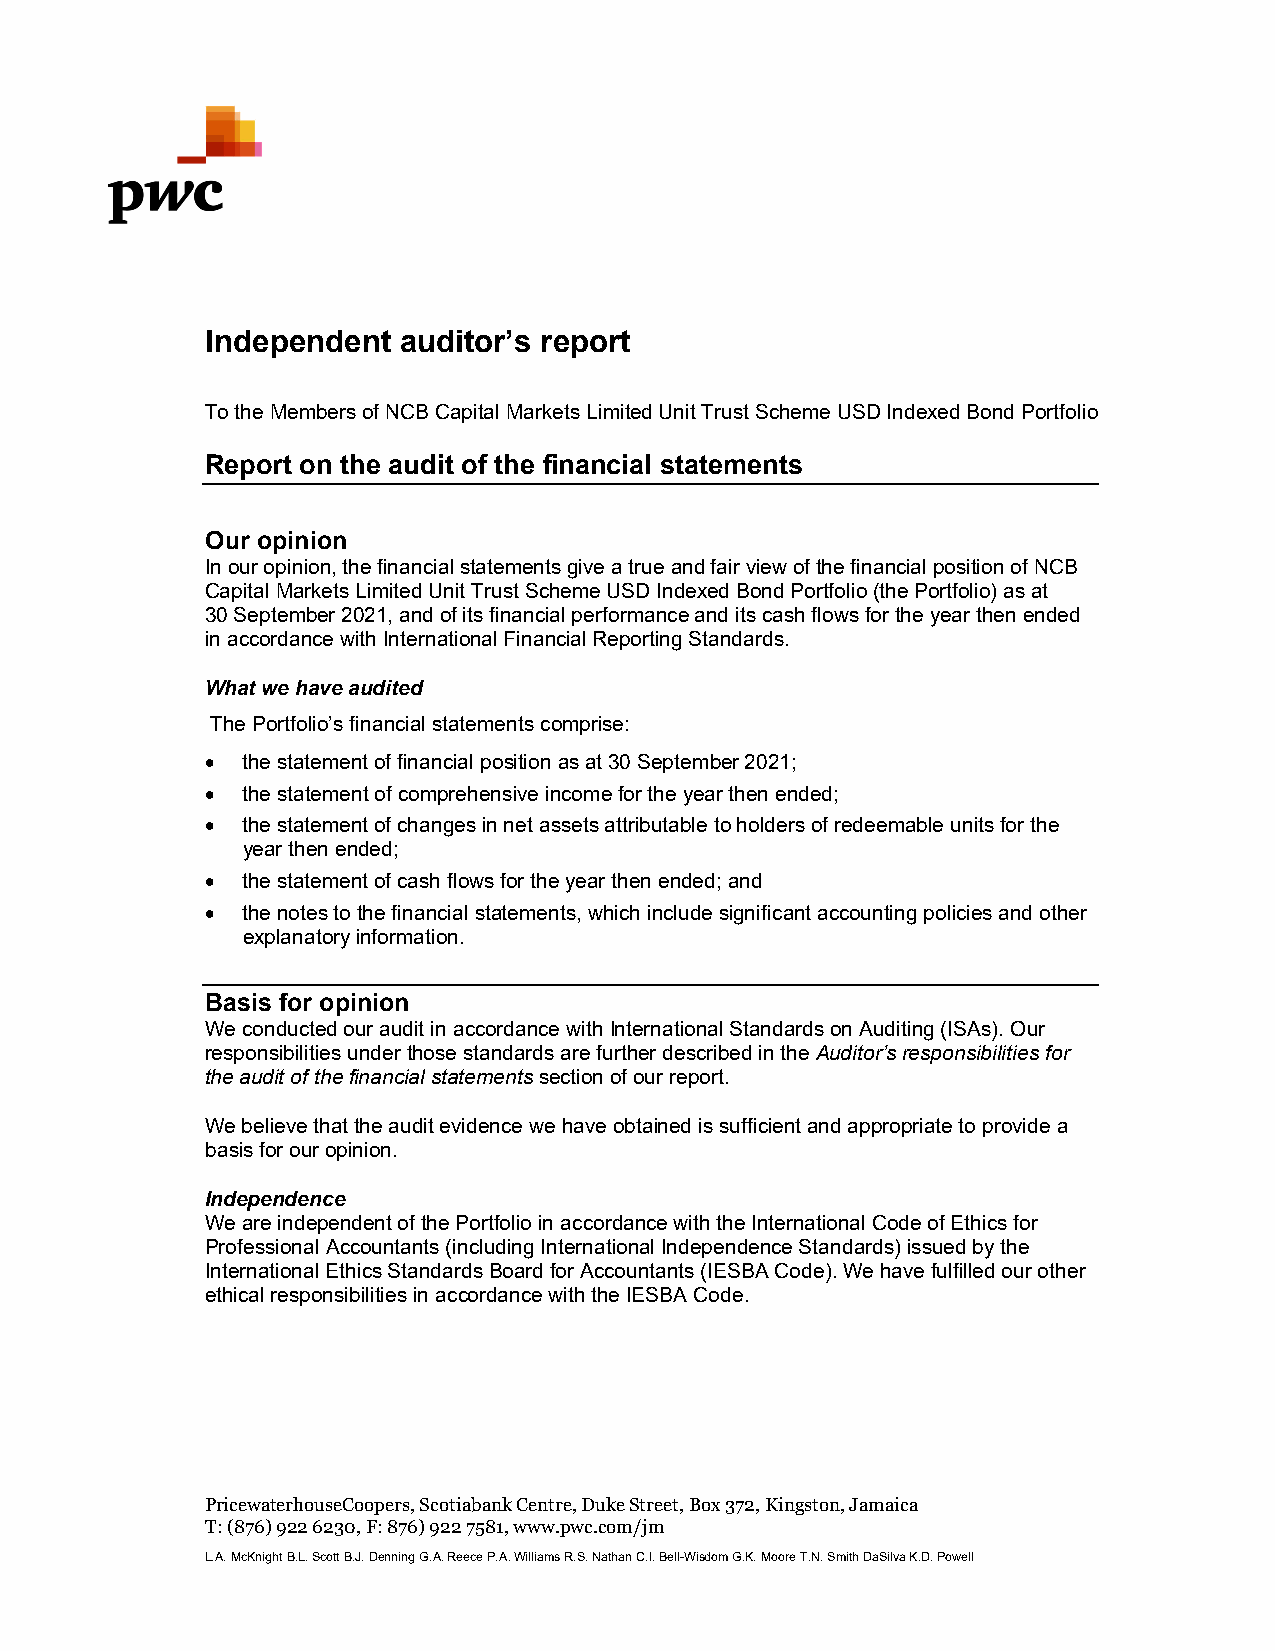
Independent auditor’s report
 To the Members of NCB Capital Markets Limited Unit Trust Scheme USD Indexed Bond Portfolio
 Report on the audit of the financial statements
 Our opinion
 In our opinion, the financial statements give a true and fair view of the financial position of NCB
 Capital Markets Limited Unit Trust Scheme USD Indexed Bond Portfolio (the Portfolio) as at
 30 September 2021, and of its financial performance and its cash flows for the year then ended
 in accordance with International Financial Reporting Standards.
 What we have audited
 The Portfolio’s financial statements comprise:
  the statement of financial position as at 30 September 2021;
  the statement of comprehensive income for the year then ended;
  the statement of changes in net assets attributable to holders of redeemable units for the
 year then ended;
  the statement of cash flows for the year then ended; and
  the notes to the financial statements, which include significant accounting policies and other
 explanatory information.
 Basis for opinion
 We conducted our audit in accordance with International Standards on Auditing (ISAs). Our
 responsibilities under those standards are further described in the Auditor’s responsibilities for
 the audit of the financial statements section of our report.
 We believe that the audit evidence we have obtained is sufficient and appropriate to provide a
 basis for our opinion.
 Independence
 We are independent of the Portfolio in accordance with the International Code of Ethics for
 Professional Accountants (including International Independence Standards) issued by the
 International Ethics Standards Board for Accountants (IESBA Code). We have fulfilled our other
 ethical responsibilities in accordance with the IESBA Code.
 PricewaterhouseCoopers, Scotiabank Centre, Duke Street, Box 372, Kingston, Jamaica
 T: (876) 922 6230, F: 876) 922 7581, www.pwc.com/jm
 L.A. McKnight B.L. Scott B.J. Denning G.A. Reece P.A. Williams R.S. Nathan C.I. Bell-Wisdom G.K. Moore T.N. Smith DaSilva K.D. Powell